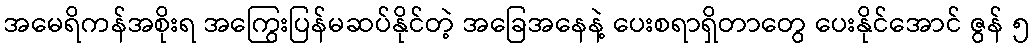
အမေရိကန်အစိုးရ အကြွေးပြန်မဆပ်နိုင်တဲ့ အခြေအနေနဲ့ ပေးစရာရှိတာတွေ ပေးနိုင်အောင် ဇွန် ၅